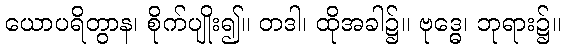
ယောပရိတွာန၊ စိုက်ပျိုး၍။ တဒါ၊ ထိုအခါ၌။ ဗုဒ္ဓေ၊ ဘုရား၌။